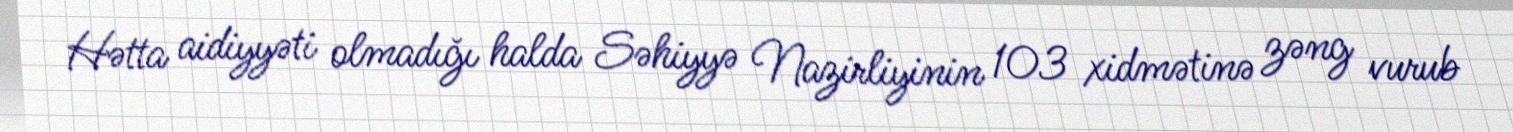
Hətta aidiyyəti olmadığı halda Səhiyyə Nazirliyinin 103 xidmətinə zəng vurub